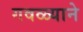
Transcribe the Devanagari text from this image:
गवळ्याने